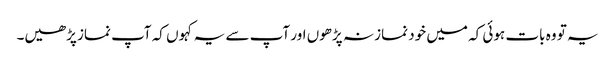
یہ تو وہ بات ہوئی کہ میں خود نماز نہ پڑھوں اور آپ سے یہ کہو ں کہ آپ نماز پڑھیں۔